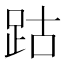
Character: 跍